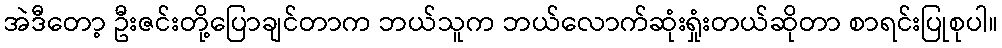
အဲဒီတော့ ဦးဇင်းတို့ပြောချင်တာက ဘယ်သူက ဘယ်လောက်ဆုံးရှုံးတယ်ဆိုတာ စာရင်းပြုစုပါ။